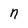
Character: n